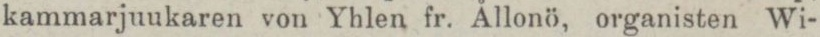
kammarjuukaren von Yhlen fr. Ållonö, organisten Wi-